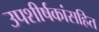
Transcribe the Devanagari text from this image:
उपशीर्षकांसहित